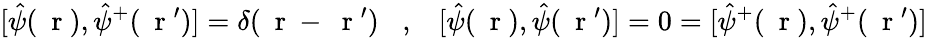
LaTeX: [\hat{\psi}(\mathrm{~\mathbf~r~}),\hat{\psi}^{+}(\mathrm{~\mathbf~r~}^{\prime})]=\delta(\mathrm{~\mathbf~r~}-\mathrm{~\mathbf~r~}^{\prime})\; \; \; ,\; \; \; [\hat{\psi}(\mathrm{~\mathbf~r~}),\hat{\psi}(\mathrm{~\mathbf~r~}^{\prime})]=0=[\hat{\psi}^{+}(\mathrm{~\mathbf~r~}),\hat{\psi}^{+}(\mathrm{~\mathbf~r~}^{\prime})]